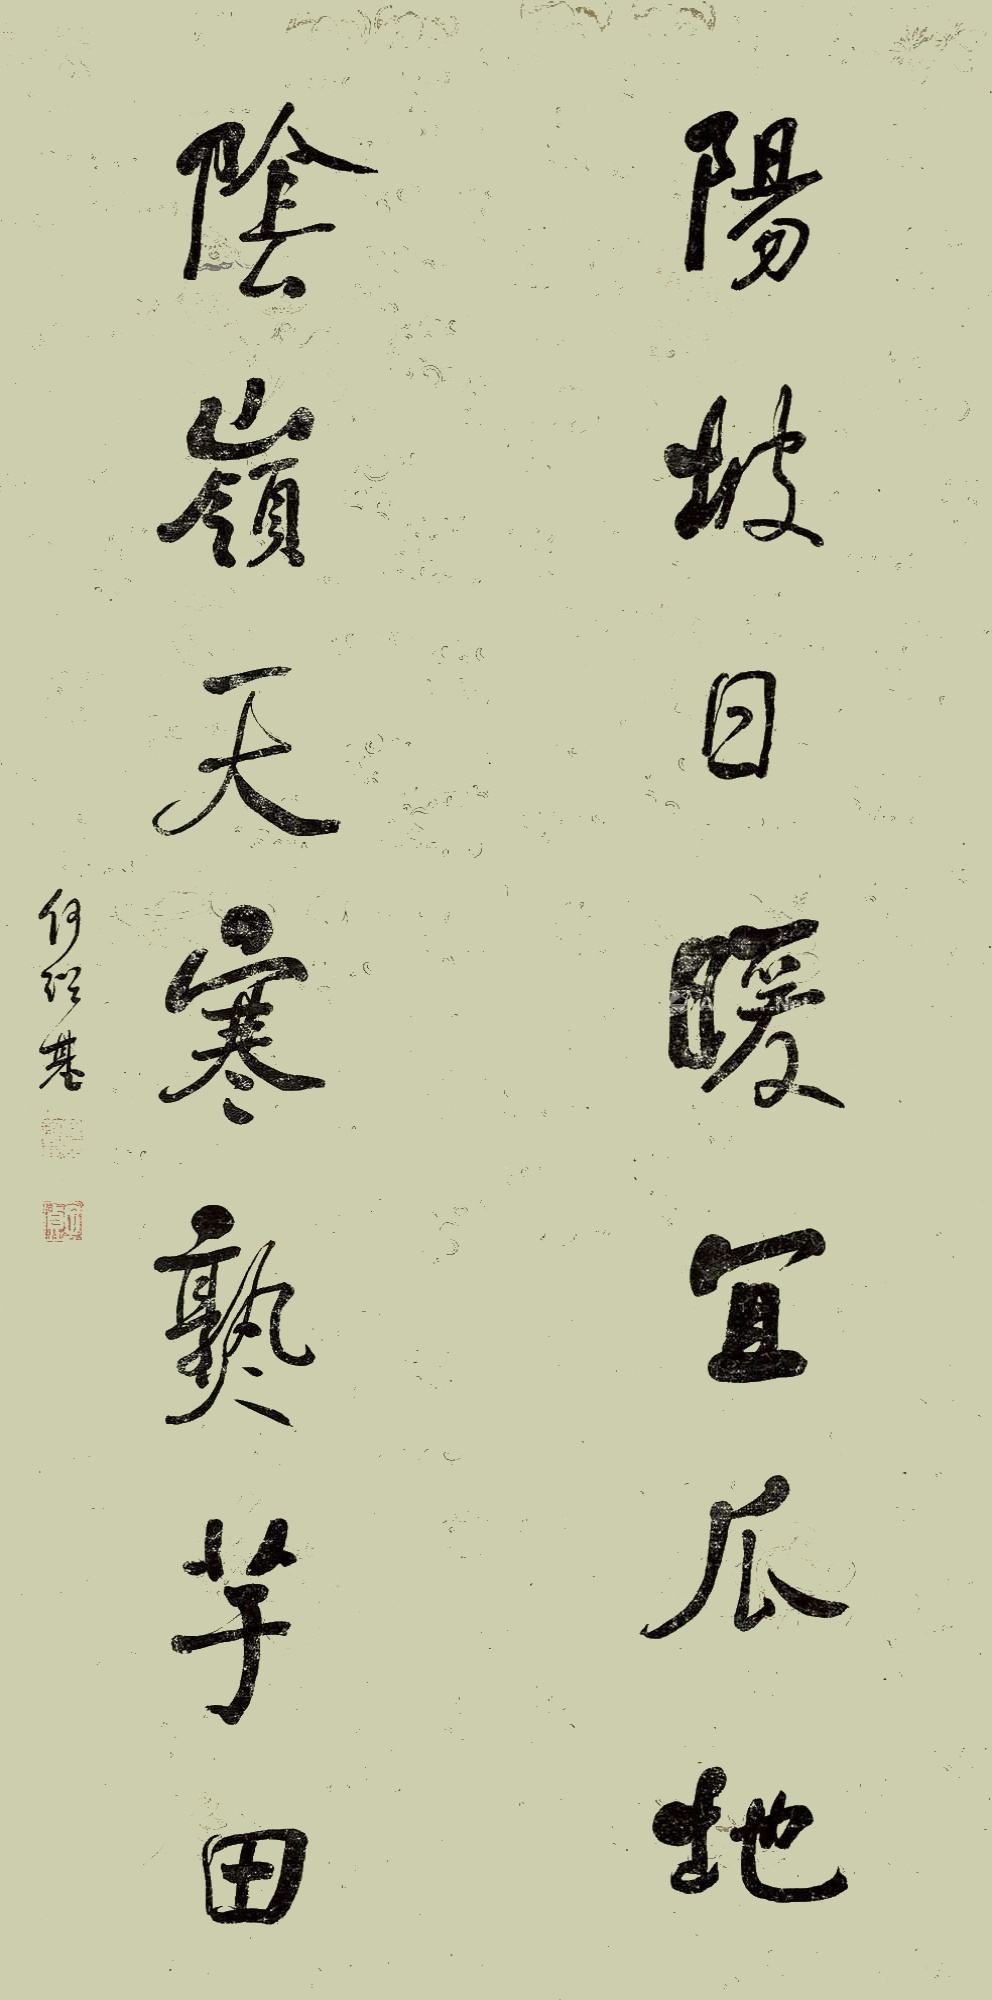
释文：阳坡日暖宜瓜地，阴岭天寒熟芋田。何绍基印、子贞